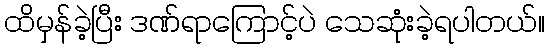
ထိမှန်ခဲ့ပြီး ဒဏ်ရာကြောင့်ပဲ သေဆုံးခဲ့ရပါတယ်။